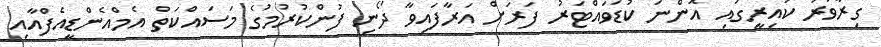
ގިރާވަރު ކައިރީގައި އޮންނަ ކުޑަވައްޓަރު ފަރަށް އަރާފައިވާ ދޯނި ފުންކުރުމުގެ މަސައްކަތް އެމްއެންޑީއެފްއާއި